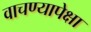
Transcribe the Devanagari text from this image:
वाचण्यापेक्षा